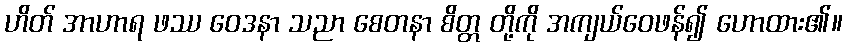
ဟိတ် အာဟာရ ဖဿ ဝေဒနာ သညာ စေတနာ စိတ္တ တို့ကို အကျယ်ဝေဖန်၍ ဟောထား၏။